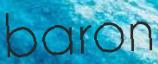
baron